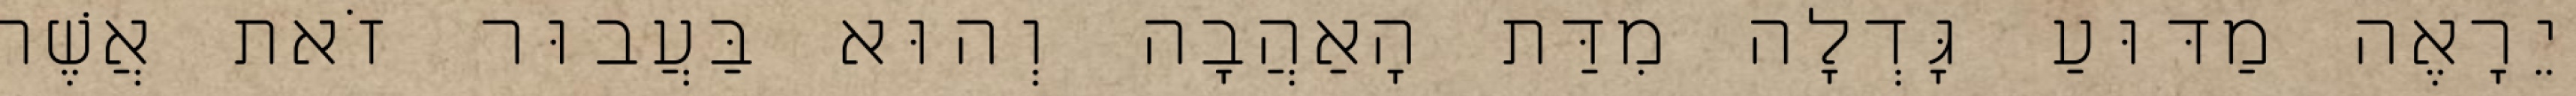
יֵרָאֶה מַדּוּעַ גָּדְלָה מִדַּת הָאַהֲבָה וְהוּא בַּעֲבוּר זֹאת אֲשֶׁר